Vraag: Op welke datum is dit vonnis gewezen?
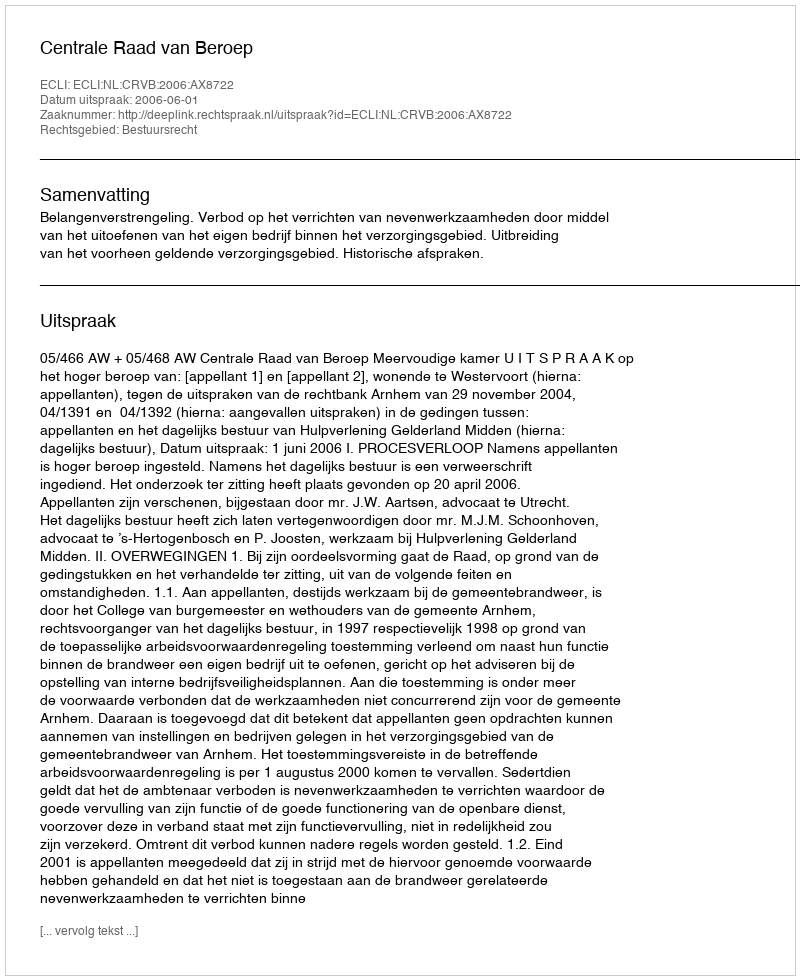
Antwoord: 2006-06-01